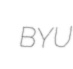
BYU